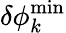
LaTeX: \delta\phi_{k}^{\operatorname*{min}}